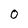
Character: 0